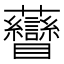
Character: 𧆏